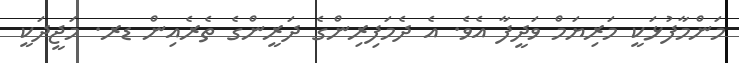
މަންމާފުޅަކީ މަރިޔަމް ވަދީފާ އެވެ. އެ ދެމަފިރިންގެ ދަރީންގެ ތެރެއިން ޑރ. މަޖީދަކީ